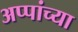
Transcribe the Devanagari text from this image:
अप्पांच्या